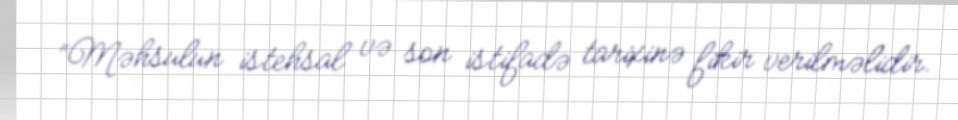
“Məhsulun istehsal və son istifadə tarixinə fikir verilməlidir.